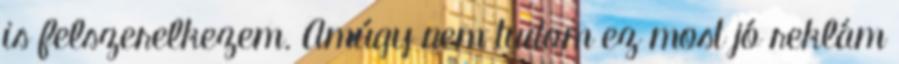
is felszerelkezem. Amúgy nem tudom ez most jó reklám